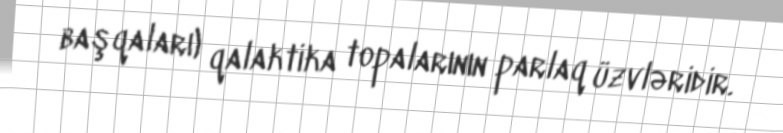
başqaları) qalaktika topalarının parlaq üzvləridir.